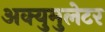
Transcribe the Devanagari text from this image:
अक्युमुलेटर